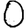
Digit: 0